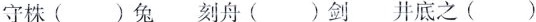
守株( )兔 刻舟( )剑 井底之( )